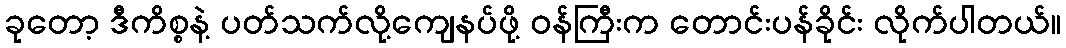
ခုတော့ ဒီကိစ္စနဲ့ ပတ်သက်လို့ကျေနပ်ဖို့ ဝန်ကြီးက တောင်းပန်ခိုင်း လိုက်ပါတယ်။